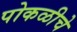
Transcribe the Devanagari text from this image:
पोकळीचे